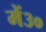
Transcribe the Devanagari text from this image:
में३०